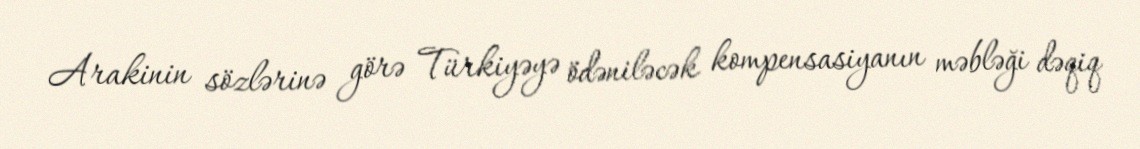
Arakinin sözlərinə görə Türkiyəyə ödəniləcək kompensasiyanın məbləği dəqiq